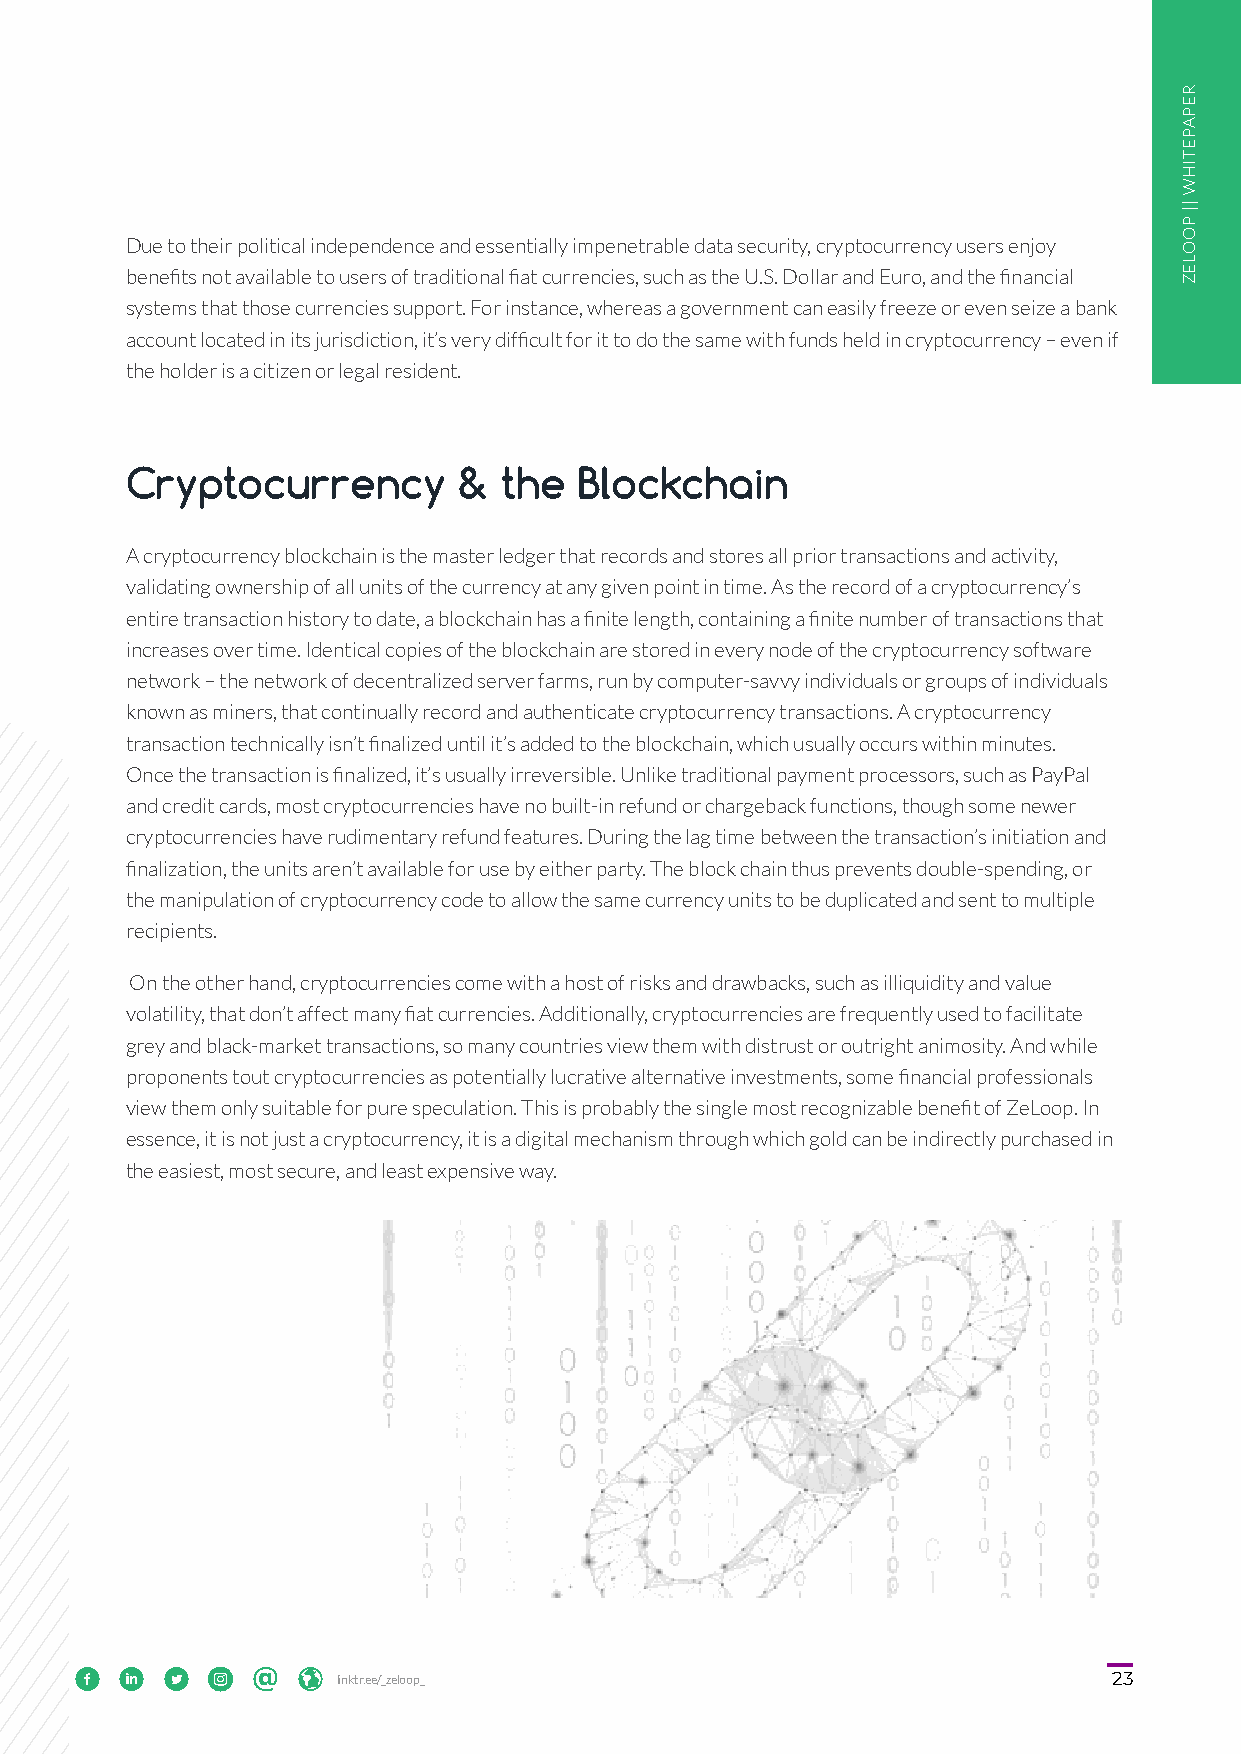
Due to their political independence and essentially impenetrable data security, cryptocurrency users enjoy
 benefits not available to users of traditional fiat currencies, such as the U.S. Dollar and Euro, and the financial
 systems that those currencies support. For instance, whereas a government can easily freeze or even seize a bank
 account located in its jurisdiction, it’s very difficult for it to do the same with funds held in cryptocurrency – even if
 the holder is a citizen or legal resident.
 Cryptocurrency        &  the  Blockchain
 A cryptocurrency blockchain is the master ledger that records and stores all prior transactions and activity,
 validating ownership of all units of the currency at any given point in time. As the record of a cryptocurrency’s
 entire transaction history to date, a blockchain has a finite length, containing a finite number of transactions that
 increases over time. Identical copies of the blockchain are stored in every node of the cryptocurrency software
 network – the network of decentralized server farms, run by computer-savvy individuals or groups of individuals
 known as miners, that continually record and authenticate cryptocurrency transactions. A cryptocurrency
 transaction technically isn’t finalized until it’s added to the blockchain, which usually occurs within minutes.
 Once the transaction is finalized, it’s usually irreversible. Unlike traditional payment processors, such as PayPal
 and credit cards, most cryptocurrencies have no built-in refund or chargeback functions, though some newer
 cryptocurrencies have rudimentary refund features. During the lag time between the transaction’s initiation and
 finalization, the units aren’t available for use by either party. The block chain thus prevents double-spending, or
 the manipulation of cryptocurrency code to allow the same currency units to be duplicated and sent to multiple
 recipients.
 On the other hand, cryptocurrencies come with a host of risks and drawbacks, such as illiquidity and value
 volatility, that don’t affect many fiat currencies. Additionally, cryptocurrencies are frequently used to facilitate
 grey and black-market transactions, so many countries view them with distrust or outright animosity. And while
 proponents tout cryptocurrencies as potentially lucrative alternative investments, some financial professionals
 view them only suitable for pure speculation. This is probably the single most recognizable benefit of ZeLoop. In
 essence, it is not just a cryptocurrency, it is a digital mechanism through which gold can be indirectly purchased in
 the easiest, most secure, and least expensive way.
            linktr.ee/_zeloop_                                  23
 REPAPETIHW
 ||
 POOLEZ